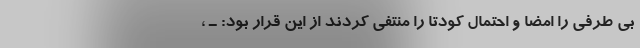
بی طرفی را امضا و احتمال کودتا را منتفی کردند از این قرار بود: ـ ‌،